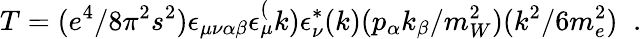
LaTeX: T=(e^{4}/8{\pi}^{2}s^{2})\epsilon_{\mu\nu\alpha\beta}\epsilon_{\mu}^{(}k)\epsilon_{\nu}^{*}(k)(p_{\alpha}k_{\beta}/m_{W}^{2})(k^{2}/6m_{e}^{2})\; \; .